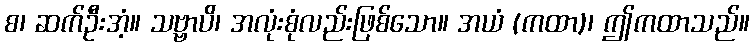
စ၊ ဆက်ဦးအံ့။ သဗ္ဗာပိ၊ အလုံးစုံလည်းဖြစ်သော။ အယံ (ကထာ)၊ ဤကထာသည်။